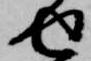
せ